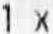
1 X